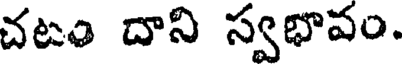
చటం దాని స్వభావం.